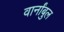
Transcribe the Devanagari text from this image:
वार्नांबुल